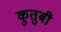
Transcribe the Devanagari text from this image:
कुतुबी